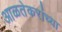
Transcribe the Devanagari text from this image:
आळतेकरांच्या